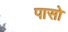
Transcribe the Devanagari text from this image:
पासो